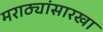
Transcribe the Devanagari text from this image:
मराठ्यांसारखा